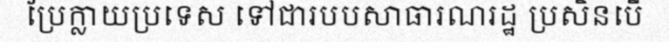
ប្រែក្លាយប្រទេស ទៅជារបបសាធារណរដ្ឋ ប្រសិនបើ